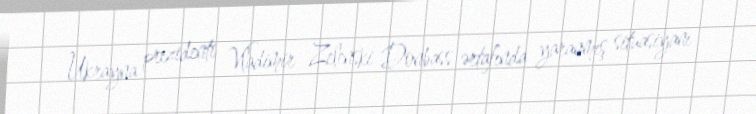
Ukrayna prezidenti Vladimir Zelenski Donbass ərtafında yaranmış situasiyanı